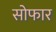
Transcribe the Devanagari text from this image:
सोफार